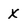
Character: X